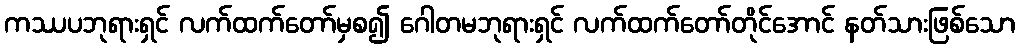
ကဿပဘုရားရှင် လက်ထက်တော်မှစ၍ ဂေါတမဘုရားရှင် လက်ထက်တော်တိုင်အောင် နတ်သားဖြစ်သော